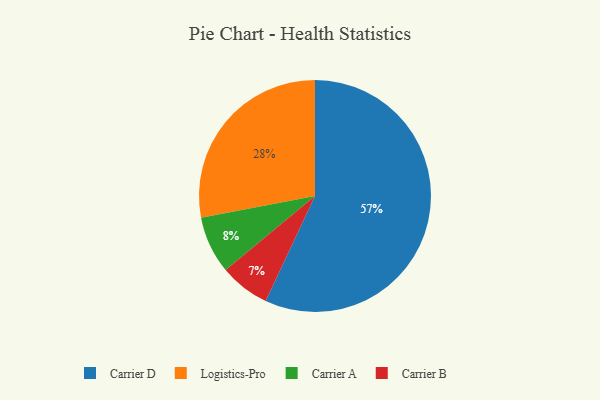
{"axis": {"x": "Category", "y": "Percentage"}, "legend": ["Carrier A", "Carrier B", "Carrier D", "Logistics-Pro"], "data": [{"x": "Logistics-Pro", "y": 28, "type": "Logistics-Pro"}, {"x": "Carrier A", "y": 8, "type": "Carrier A"}, {"x": "Carrier D", "y": 57, "type": "Carrier D"}, {"x": "Carrier B", "y": 7, "type": "Carrier B"}]}